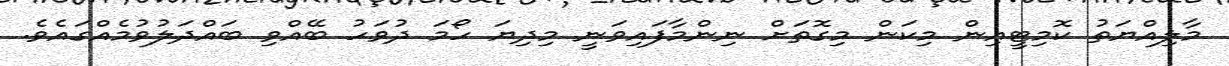
މާލިއްޔަތު ކޮމިޓީއިން މިކަން މިގޮތަށް ނިންމާފައިވަނީ މިދިޔަ ހޯމަ ދުވަހު ބޭއްވި ބައްދަލުވުމެއްގައެވެ.